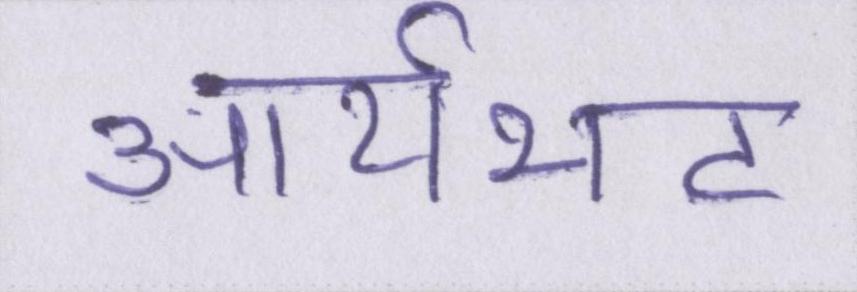
आर्यभट